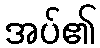
အပ်၏